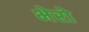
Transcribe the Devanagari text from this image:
भेरो